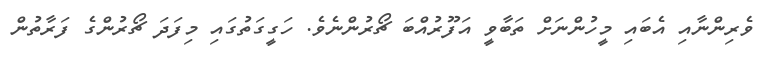
ވެރިންނާއި އެބައި މީހުންނަށް ތަބާވީ އަފޫރުއްބަ ޗޯރުންނެވެ. ހަގީގަތުގައި މިފަދަ ޗޯރުންގެ ފަރާތުން